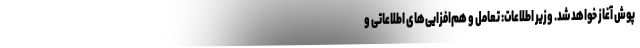
پوش آغاز خواهد شد. وزیر اطلاعات: تعامل و هم‌افزایی‌های اطلاعاتی و